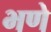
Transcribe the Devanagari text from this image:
भणे